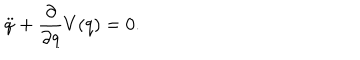
LaTeX: \ddot { q } + \frac { \partial } { \partial q } V ( q ) = 0 .